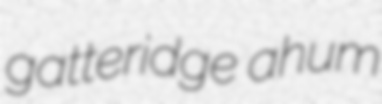
gatteridge ahum